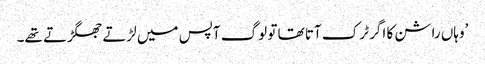
’وہاں راشن کا اگر ٹرک آتا تھا تو لوگ آپس میں لڑتے جھگڑتے تھے۔